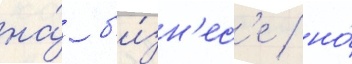
на́ б'и́зн'ес'е / но́